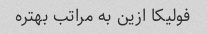
فولیکا ازین به مراتب بهتره